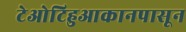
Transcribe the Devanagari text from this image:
टेओटिहुआकानपासून